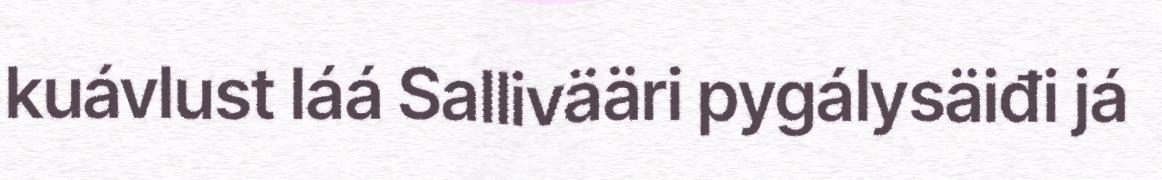
kuávlust láá Sallivääri pygálysäiđi já